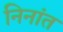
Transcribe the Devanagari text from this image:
निनांत